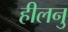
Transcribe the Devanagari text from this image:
हीलनु